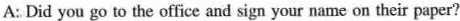
A: Did you go to the office and sign your name on their paper?